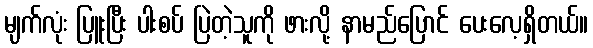
မျက်လုံး ပြူးပြီး ပါးစပ် ပြဲတဲ့သူကို ဖားလို့ နာမည်ပြောင် ပေးလေ့ရှိတယ်။